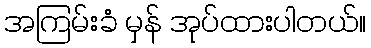
အကြမ်းခံ မှန် အုပ်ထားပါတယ်။